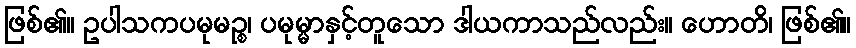
ဖြစ်၏။ ဥပါသကပမုမဉ္စ၊ ပမုမ္မာနှင့်တူသော ဒါယကာသည်လည်း။ ဟောတိ၊ ဖြစ်၏။